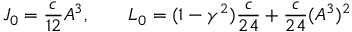
J _ { 0 } = \frac { c } { 1 2 } A ^ { 3 } , \qquad L _ { 0 } = ( 1 - \gamma ^ { 2 } ) \frac { c } { 2 4 } + \frac { c } { 2 4 } ( A ^ { 3 } ) ^ { 2 }